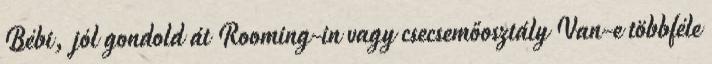
Bébi, jól gondold át Rooming-in vagy csecsemőosztály Van-e többféle